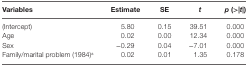
<table><thead><tr><td><b>Variables</b></td><td><b>Estimate</b></td><td><b>SE</b></td><td><b><i>t</i></b></td><td><b><i>p</i> (&gt;|<i>t</i>|)</b></td></tr></thead><tbody><tr><td>(Intercept)</td><td>5.80</td><td>0.15</td><td>39.51</td><td>0.000</td></tr><tr><td>Age</td><td>0.02</td><td>0.00</td><td>12.34</td><td>0.000</td></tr><tr><td>Sex</td><td>−0.29</td><td>0.04</td><td>−7.01</td><td>0.000</td></tr><tr><td>Family/marital problem (1984)<sup>a</sup></td><td>0.02</td><td>0.01</td><td>1.35</td><td>0.178</td></tr></tbody></table>